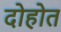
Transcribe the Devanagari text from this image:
दोहोत